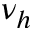
\nu _ { h }